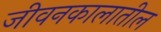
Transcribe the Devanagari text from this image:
जीवनकालातील